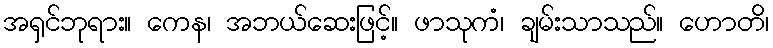
အရှင်ဘုရား။ ကေန၊ အဘယ်ဆေးဖြင့်။ ဖာသုကံ၊ ချမ်းသာသည်။ ဟောတိ၊